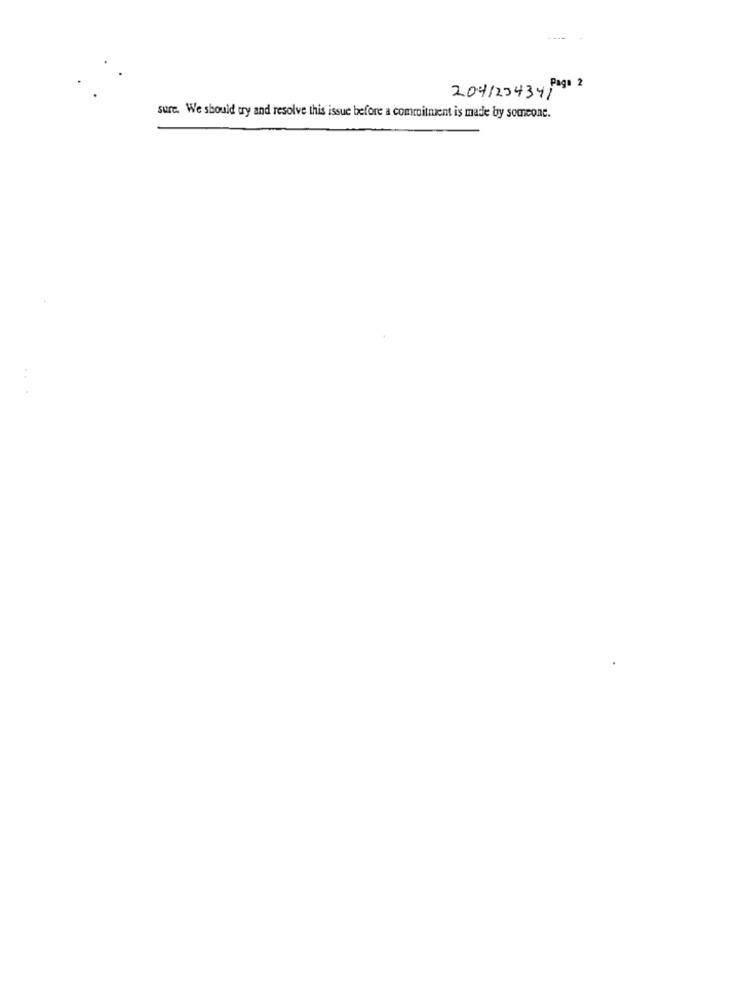
Page 2
2041234341
sure. We should try and resolve this issue before a commitment is made by someone.